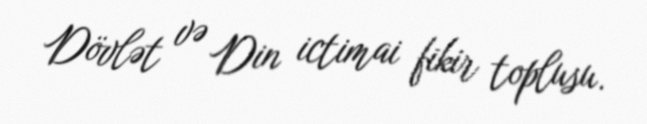
Dövlət və Din ictimai fikir toplusu.